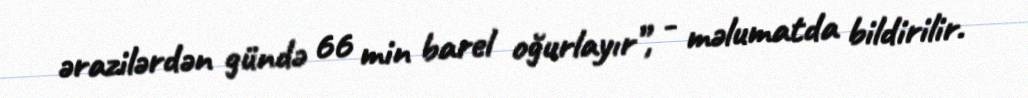
ərazilərdən gündə 66 min barel oğurlayır”, - məlumatda bildirilir.